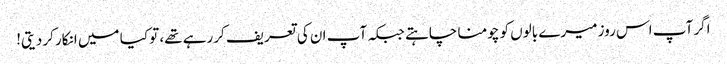
اگر آپ اس روز میرے بالوں کو چومنا چاہتے جبکہ آپ ان کی تعریف کررہے تھے، تو کیا میں انکار کردیتی!